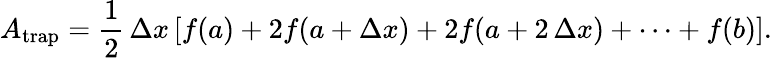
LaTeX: A_{\mathrm{trap}}={\frac{1}{2}}\, \Delta x\left[f(a)+2f(a+\Delta x)+2f(a+2\, \Delta x)+\cdots+f(b)\right].